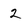
Character: 2